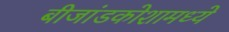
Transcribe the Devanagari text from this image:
बीजांडकोशामध्ये